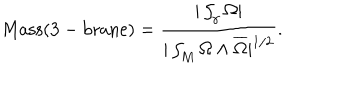
\mathrm { M a s s ( 3 - b r a n e ) } = { \frac { | \int _ { \gamma } \Omega | } { | \int _ { M } \Omega \wedge \overline { { \Omega } } | ^ { 1 / 2 } } } .